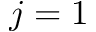
j = 1